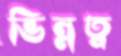
ভিন্নত্ব